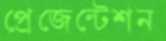
প্রেজেন্টেশন